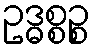
ဥဒ္ဓစ္စဉ္စ